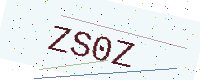
Text: ZS0Z